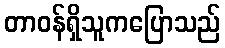
တာဝန်ရှိသူကပြောသည်